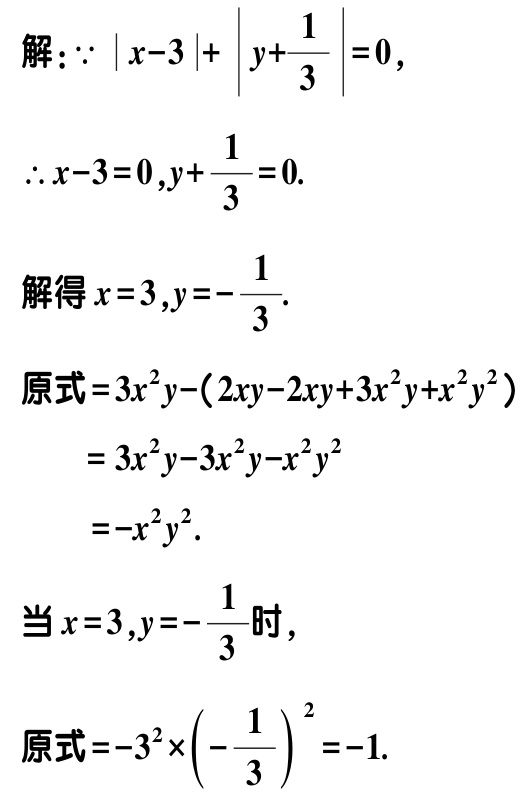
解：\(\because |x - 3|+\left|y+\dfrac{1}{3}\right| = 0\)，

\(\therefore x - 3 = 0,y+\dfrac{1}{3}=0\).

解得\(x = 3,y=-\dfrac{1}{3}\).

原式\(=3x^{2}y-(2xy - 2xy+3x^{2}y+x^{2}y^{2})\)

\(=3x^{2}y - 3x^{2}y-x^{2}y^{2}\)

\(=-x^{2}y^{2}\).

当\(x = 3,y=-\dfrac{1}{3}\)时，

原式\(=-3^{2}\times\left(-\dfrac{1}{3}\right)^{2}=-1\).